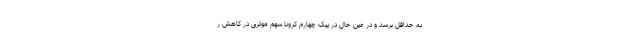
به حداقل برسد و در عین حال در پیک چهارم کرونا سهم موثری در کاهش ر